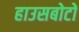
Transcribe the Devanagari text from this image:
हाउसबोटों